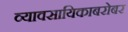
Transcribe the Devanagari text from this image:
व्यावसायिकाबरोबर